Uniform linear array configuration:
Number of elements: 48
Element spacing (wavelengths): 1
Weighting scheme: binomial
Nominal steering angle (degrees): -30
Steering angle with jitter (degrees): -31.31
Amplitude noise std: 0.05
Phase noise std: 0.05

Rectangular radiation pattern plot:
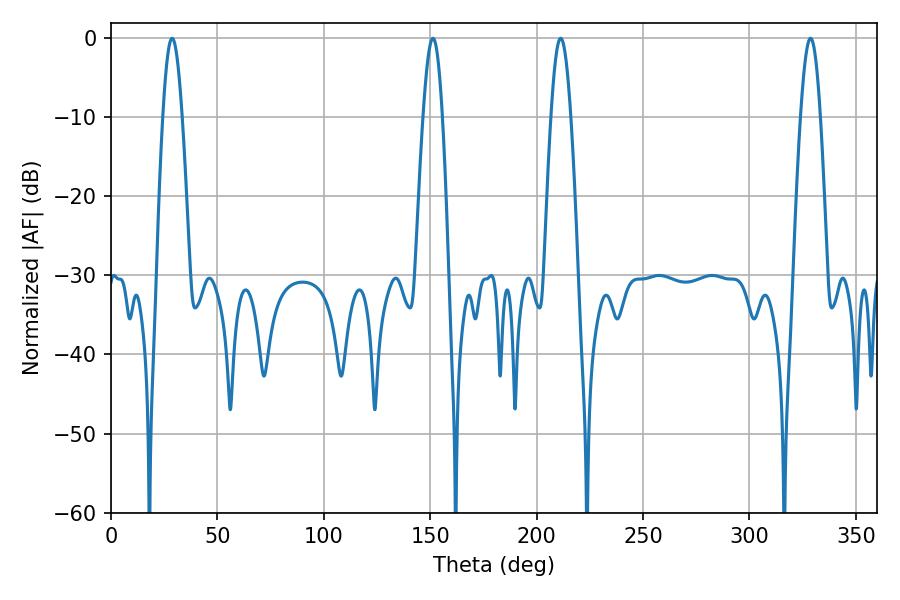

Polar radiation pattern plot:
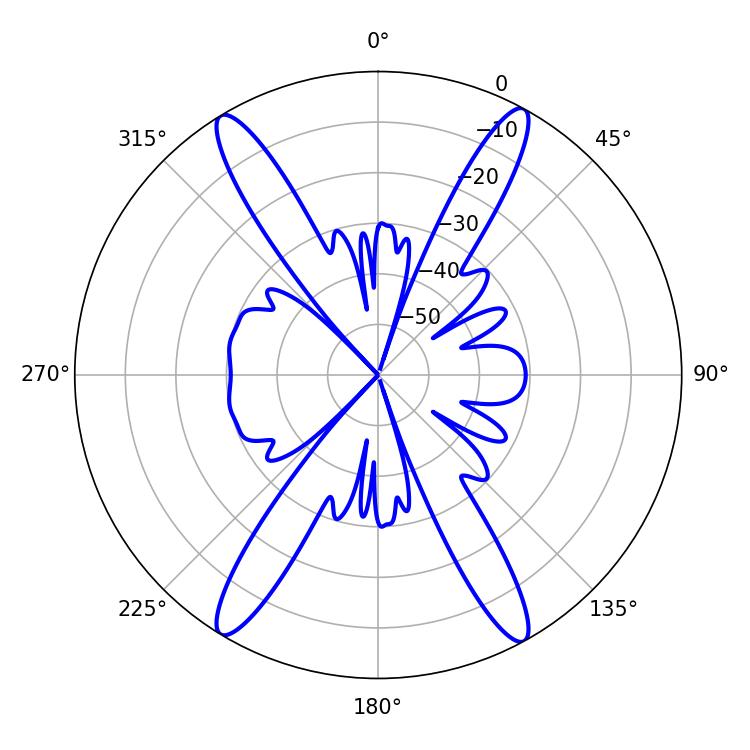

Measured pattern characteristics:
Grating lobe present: TRUE
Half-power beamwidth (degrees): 5.04
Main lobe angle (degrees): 328.68